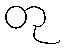
တု